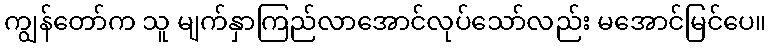
ကျွန်တော်က သူ မျက်နှာကြည်လာအောင်လုပ်သော်လည်း မအောင်မြင်ပေ။